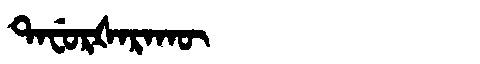
Manchu: ᡨᠠᠸᡠᡵᡧᠠᡵᠠᡴᡡ
Romanization: TAFURŠARAKŪ